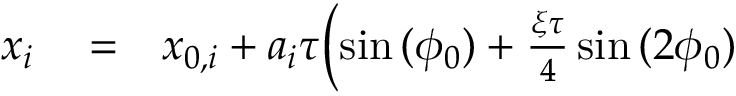
\begin{array} { r l r } { x _ { i } } & { { } = } & { x _ { 0 , i } + a _ { i } \tau \biggl ( \sin { ( \phi _ { 0 } ) } + \frac { \xi \tau } { 4 } \sin { ( 2 \phi _ { 0 } ) } } \end{array}